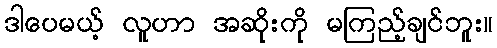
ဒါပေမယ့် လူဟာ အဆိုးကို မကြည့်ချင်ဘူး။